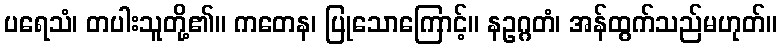
ပရေသံ၊ တပါးသူတို့၏။ ကတေန၊ ပြုသောကြောင့်။ နဥဂ္ဂတံ၊ အန်ထွက်သည်မဟုတ်။